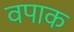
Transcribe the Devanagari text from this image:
वपाक